system: You are a helpful assistant.
user:
Analyze the provided spectrum to determine if it is a **M-type Giant (gM)**.

A M-type Giant spectrum is defined by its **strong molecular absorption** features, particularly from **Titanium Oxide (TiO)**. You must check for one of the following mutually exclusive signatures:

- **Key Visual Indicators (Absorption-Dominated Spectrum):**

    - **(Primary):** The spectrum is dominated by strong molecular absorption from **Titanium Oxide (TiO)**. This is the **defining feature** of its M-type temperature class.
        - **(Key Bandheads):** Look for sharp, "saw-tooth" absorption valleys. The strongest are located near **~7050 Å**, **~6160 Å**, and **~5170 Å**.
        - **(Line Profile):** The "saw-tooth" morphology is critical: a **sharp, steep drop on the BLUE (short-wavelength) side** of the bandhead, followed by a gradual recovery (rising flux) towards the RED (long-wavelength) side.

    - **(Key Confirmation - Giant vs. Dwarf):** **ABSENCE** of strong **Calcium Hydride (CaH)** molecular bands. This is the primary diagnostic for *excluding* M-dwarfs.
        - **(Key Region):** The spectrum should lack the strong, broad absorption band seen in dwarfs between **~6800 Å and ~7000 Å**.

    - **(Secondary Confirmation - Giant):** A very strong and broad **Neutral Calcium (Ca I)** atomic absorption line.
        - **(Key Line):** Located at **~4226 Å**. In a giant (gM), this line is significantly deeper and broader than the same line in an M-dwarf (dM) due to low surface gravity.

    - **(Overall Spectrum):**
        - The continuum is **extremely red-sloping** (i.e., flux is very low in the blue and rises dramatically towards the red).
        - The entire spectrum appears "chopped up" by the deep TiO bands.

Think first, call **spectral_visualization_tool** if needed to examine features in detail, then provide your final answer. Your response must adhere to the following strict rules:
1.  **Overall Structure:** Your response must follow the format `<think>...</think> <tool_call>...</tool_call> (if a tool is used) <answer>...</answer>`.
2.  **Tool Usage Constraint:** You may only make **one** tool call per turn.
3.  **Final Answer Format:** In the `<answer>` tag, your conclusion must be inside a `\boxed{}` command (e.g., `\boxed{YES}` or `\boxed{NO}`), followed by your justification.

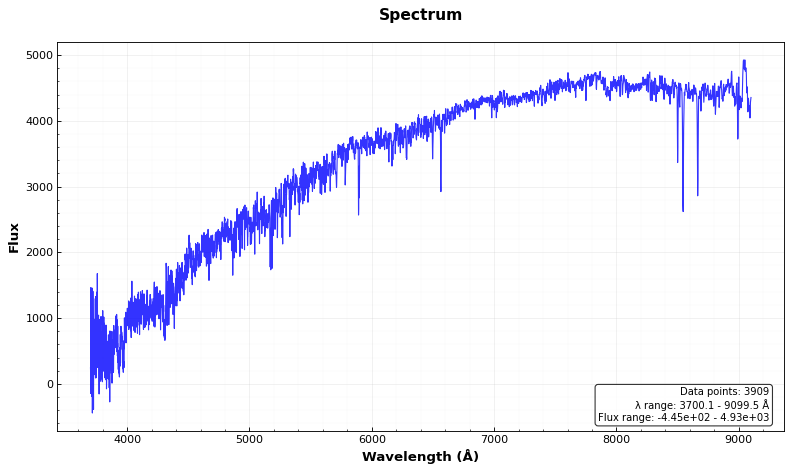
Answer: NO